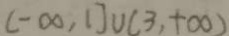
( - \infty , 1 ] \cup ( 3 , + \infty )